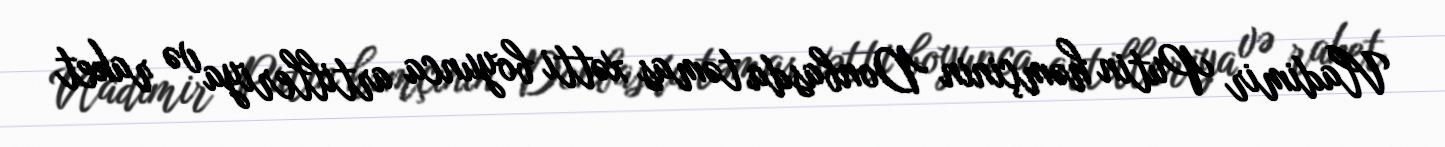
Vladimir Putin həmçinin Donbasda təmas xətti boyunca artilleriya və raket